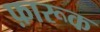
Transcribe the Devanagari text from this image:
फ़ारूक